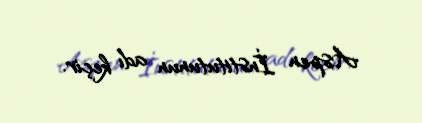
Aspen İnstitutunun adı keçir.